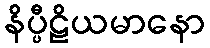
နိပ္ပီဠိယမာနော